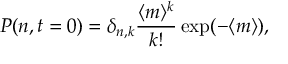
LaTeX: P ( n , t = 0 ) = \delta _ { n , k } \frac { \langle m \rangle ^ { k } } { k ! } \exp ( - \langle m \rangle ) , \,